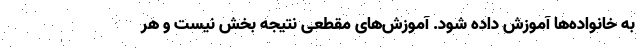
به خانواده‌ها آموزش داده شود. آموزش‌های مقطعی نتیجه بخش نیست و هر